Vaccination report Assam 1896-1927 - 1896-1927
Year: 1896
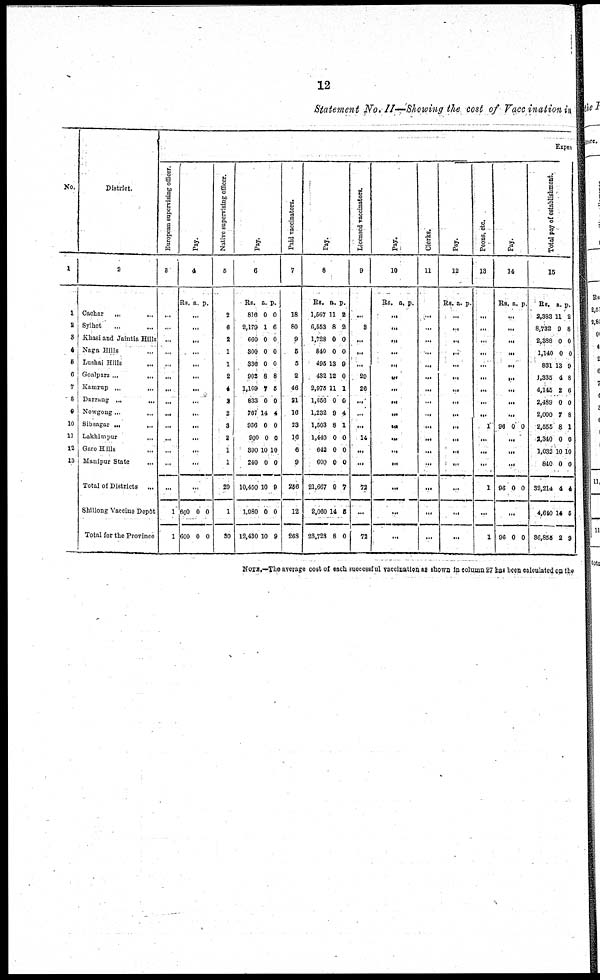
12
Statement No. II—Showing the cost of Vaccination in
No.
1
1
2
3
4
5
6
7
8
9
10
11
19
18
District.
2
Cachar
...
...
Sylhet ... ...
Khasi and Jaintia Hills
Naga Hills ...
Lushai Hills
...
Goalpara
...
...
Kamrup ... ...
Darrang
...
...
Nowgong... ...
Sibsagar
...
...
Lakhimpur ... ...
Garo Hills ...
Manipur State ...
Total of Districts ...
Shillong Vaccine Dopôt
Total for the Province
Expen
European supervising officer.
3
...
...
...
...
...
...
...
...
...
...
...
...
...
...
1
1
Pay.
4
Rs. a. p.
...
...
...
...
...
...
...
...
...
...
...
...
...
...
600
600
0
0
0
0
Native supervising officer.
5
2
6
2
1
1
2
4
2
2
3
2
1
1
29
1
30
Pay.
6
Rs.
816
2,170
660
300
336
902
1,169
833
767
956
900
390
240
10,450
1,980
12,430
a.
0
1
0
0
0
8
7
0
14
0
0
10
0
10
0
10
p.
0
6
0
0
0
8
5
0
4
0
0
10
0
9
0
9
Paid vaccinators.
7
18
80
9
5
5
2
46
21
16
23
16
6
9
256
12
268
Pay.
8
Rs.
1,567
6,553
1,728
840
495
432
2,975
1,656
1,232
1,503
1,440
642
600
21,667
2,060
23,728
a.
11
8
0
0
13
12
11
0
9
8
0
0
0
9
14
8
p.
2
2
0
0
9
0
1
0
4
1
0
0
0
7
5
0
Licensed vaccinators.
9
...
8
...
...
...
29
26
...
...
...
14
...
...
72
...
72
Pay.
10
Rs. a. p.
...
...
...
...
...
...
...
...
...
...
...
...
...
...
...
...
Clerks.
11
...
...
...
...
...
...
...
...
...
...
...
...
...
...
...
...
Pay.
12
Rs. a. p.
...
...
...
...
...
...
...
...
...
...
...
...
...
...
...
...
Peons, etc.
13
...
...
...
...
...
...
...
...
...
1
...
...
...
1
...
1
Pay.
14
Rs. a. p.
...
...
...
...
...
...
...
...
...
96 0 0
...
...
...
96 0 0
...
96 0 0
Total pay of establishment.
15
Rs.
2,383
8,732
2,388
1,140
831
1,335
4,145
2,489
2,000
2,555
2,340
1,032
840
32,214
4,640
36,855
a.
11
9
0
0
13
4
2
0
7
8
0
10
0
4
14
2
p.
2
8
0
0
9
8
6
0
8
1
0
10
0
4
5
9
NOTE.—The average cost of each successful vaccination as shown in column 27 has been calculated on the